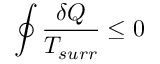
\oint { \frac { \delta Q } { T _ { s u r r } } } \leq 0